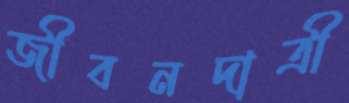
জীবনদাত্রী